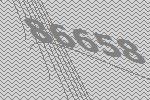
86658